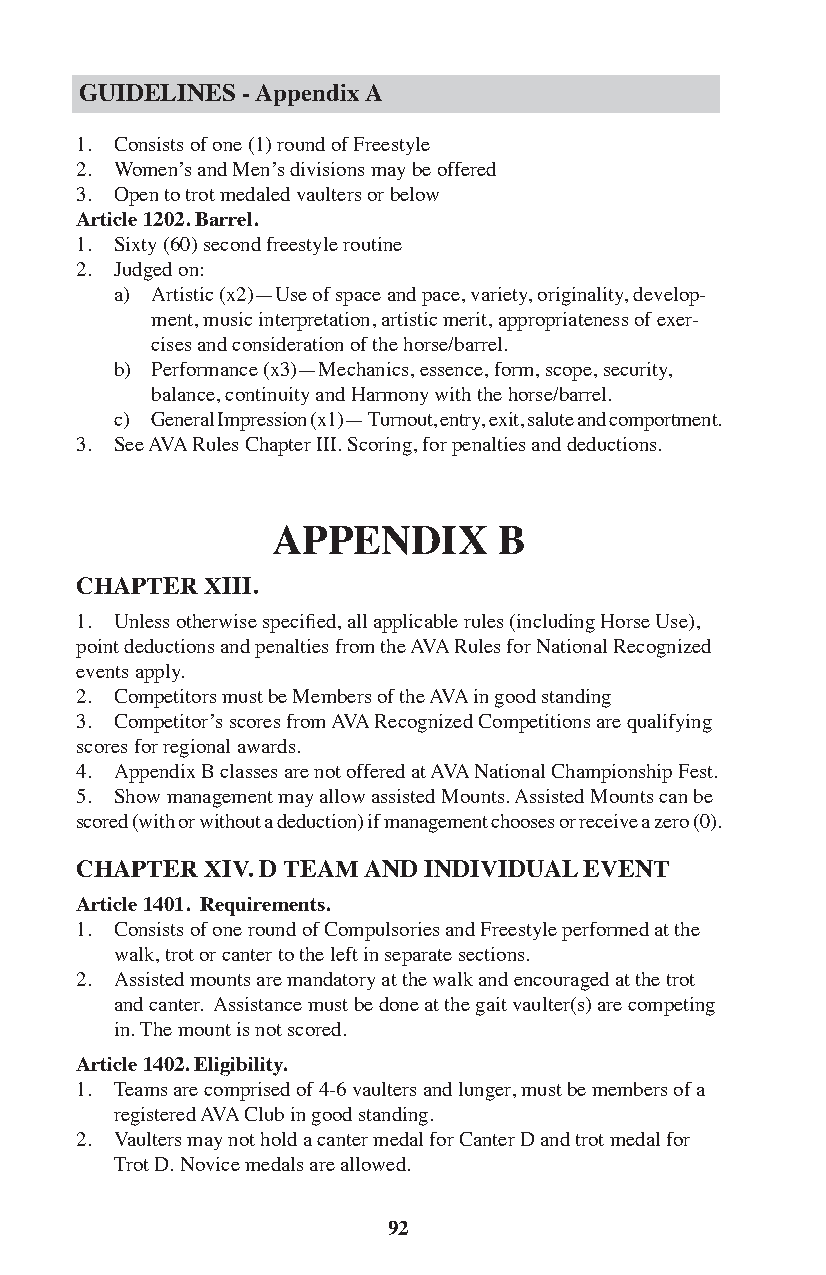
GUIDELINES - Appendix A
 1. Consists of one (1) round of Freestyle
 2. Women’s and Men’s divisions may be offered
 3. Open to trot medaled vaulters or below
 Article 1202. Barrel.
 1. Sixty (60) second freestyle routine
 2. Judged on:
 a) Artistic (x2)—Use of space and pace, variety, originality, develop-
 ment, music interpretation, artistic merit, appropriateness of exer-
 cises and consideration of the horse/barrel.
 b) Performance (x3)—Mechanics, essence, form, scope, security,
 balance, continuity and Harmony with the horse/barrel.
 c) General Impression (x1)— Turnout, entry, exit, salute and comportment.
 3. See AVA Rules Chapter III. Scoring, for penalties and deductions.
 APPENDIX       B
 CHAPTER  XIII.
 1. Unless otherwise specified, all applicable rules (including Horse Use),
 point deductions and penalties from the AVA Rules for National Recognized
 events apply.
 2. Competitors must be Members of the AVA in good standing
 3. Competitor’s scores from AVA Recognized Competitions are qualifying
 scores for regional awards.
 4. Appendix B classes are not offered at AVA National Championship Fest.
 5. Show management may allow assisted Mounts. Assisted Mounts can be
 scored (with or without a deduction) if management chooses or receive a zero (0).
 CHAPTER  XIV. D TEAM AND INDIVIDUAL EVENT
 Article 1401. Requirements.
 1. Consists of one round of Compulsories and Freestyle performed at the
 walk, trot or canter to the left in separate sections.
 2. Assisted mounts are mandatory at the walk and encouraged at the trot
 and canter. Assistance must be done at the gait vaulter(s) are competing
 in. The mount is not scored.
 Article 1402. Eligibility.
 1. Teams are comprised of 4-6 vaulters and lunger, must be members of a
 registered AVA Club in good standing.
 2. Vaulters may not hold a canter medal for Canter D and trot medal for
 Trot D. Novice medals are allowed.
 92